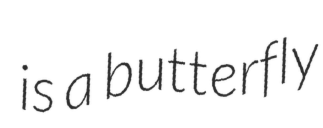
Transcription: is a butterfly